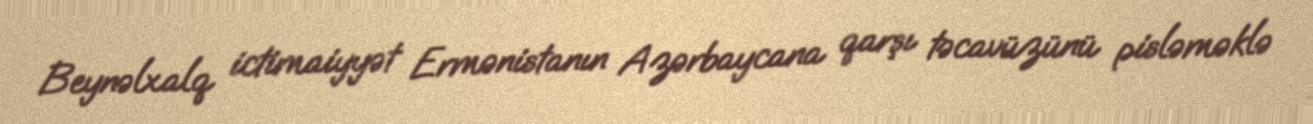
Beynəlxalq ictimaiyyət Ermənistanın Azərbaycana qarşı təcavüzünü pisləməklə